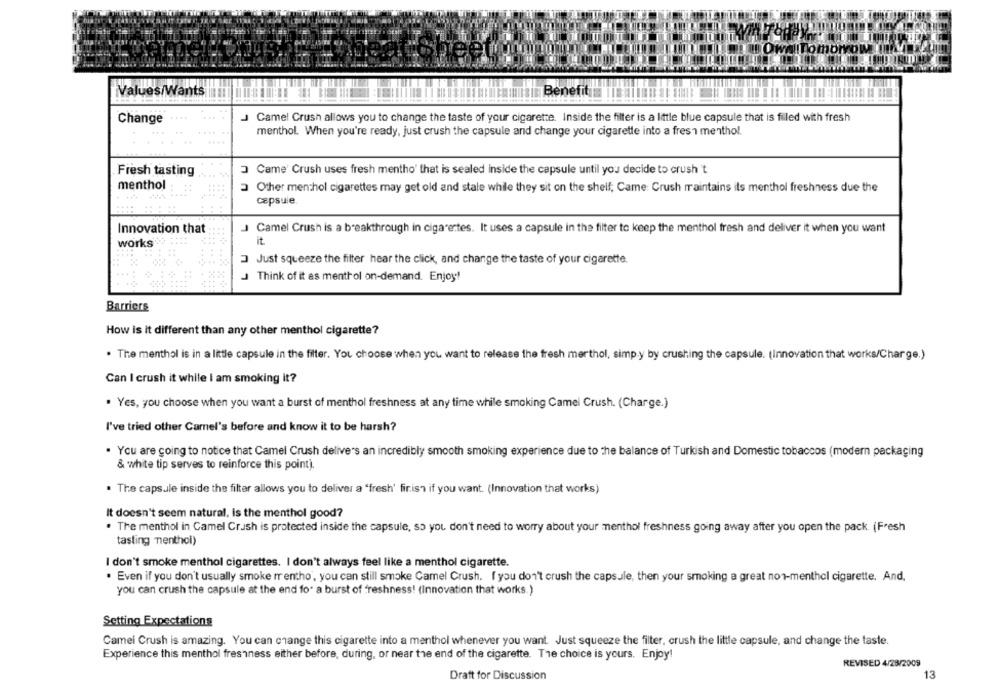
lomo
Values/Wants
Benefit
J Camel Crush allows you to change the taste of your cigarette. Inside the filter is a little blue capsule that is filled with fresh
Change
menthol. When you're ready, just crush the capsule and change your cigarette into a fresa menthol.
Fresh tasting
3 Came' Crush uses fresh mentho' that is sealed inside the capsule until you decide to crush 't
menthol
3 Other menthol cigarettes may get old and stale while they sit on the shelf; Came: Crush maintains its menthol freshness due the
capsule.
J Camel Crush is a breakthrough in cigarettes. It uses a capsule in the filter to keep the menthol fresh and deliver it when you want
Innovation that
it.
works
3Just squeeze the filter hear the click, and change the taste of your cigarette.
J Think of it as menthol on-demand. Enjoy!
Barriers
How is it different than any other menthol cigarette?
. The menthol is in a little capsule in the filter. You choose when you want to release the fresh merthol, simp.y by crushing the capsule. (Innovation that works/Charge.)
Can I crush it while I am smoking it?
. Yes, you choose when you want a burst of menthol freshness at any time while smoking Camel Crush. (Charge.)
I've tried other Camel's before and know it to be harsh?
. You are going to notice that Camel Crush delivers an incredibly smooth smoking experience due to the balance of Turkish and Domestic tobaccos (modern packaging
& white tip serves to reinforce this point).
The capsule inside the filter allows you to deliver a "fresh' firis" if you want. (Innovation that works)
It doesn't seem natural, is the menthol good?
. The menthol in Camel Crush is protected inside the capsule, so you don't need to worry about your menthol freshness going away after you open the pack (Fresh
tasting menthol)
I don't smoke menthol cigarettes. I don't always feel like a menthol cigarette.
Even if you don't usually smoke rrentho, you can still smoke Camel Crush. I you don't crush the capsule, then your smoking a great non-menthol cigarette. And.
you can crush the capsule at the end fo" a burst of freshness! (Innovation that works.)
Setting Expectations
Camel Crush is amazing. You can change this cigarette into a menthol whenever you want. Just squeeze the filter, crush the little capsule, and change the taste.
Experience this menthol freshness either before, during, or near the end of the cigarette. The choice is yours. Enjoy!
REVISED 4/23/2009
Draft for Discussion
13